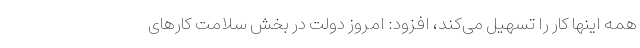
همه اینها کار را تسهیل می‌کند، افزود: امروز دولت در بخش سلامت کارهای